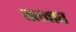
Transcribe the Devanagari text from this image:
तत्त्वात